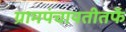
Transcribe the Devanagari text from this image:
ग्रामपंचायतीतर्फे